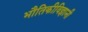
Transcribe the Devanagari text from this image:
भौतिकीविज्ञानी